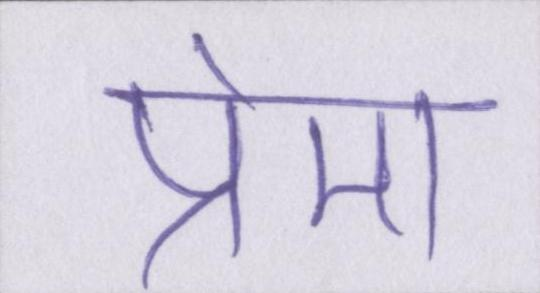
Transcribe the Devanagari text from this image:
प्रेमा